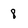
Character: 8